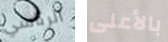
الرئاسي بالأعلى